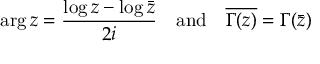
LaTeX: \arg z = { \frac { \log z - \log { \bar { z } } } { 2 i } } \quad { \mathrm { a n d } } \quad { \overline { { \Gamma ( z ) } } } = \Gamma ( { \bar { z } } )